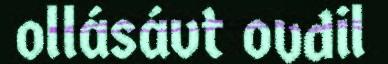
ollásávt ovdil